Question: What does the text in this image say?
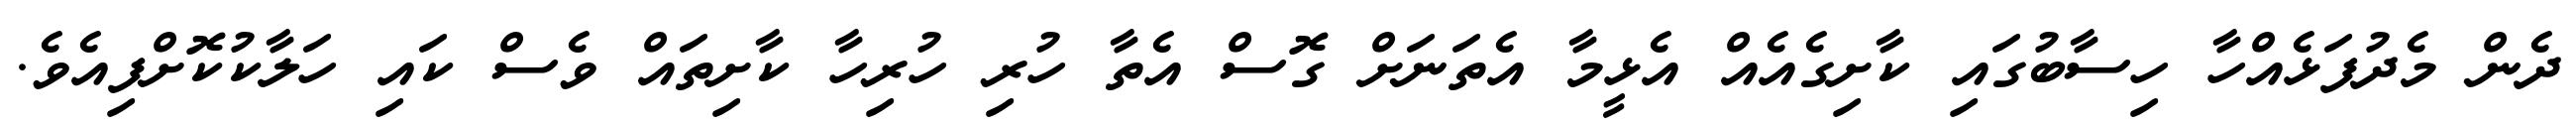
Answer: ދެން މެދުފަޅެއްހާ ހިސާބުގައި ކާށިގެއެއް އެޅީމާ އެތަނަށް ގޮސް އެތާ ހުރި ހުރިހާ ކާށިތައް ވެސް ކައި ހަލާކުކޮށްފިއެވެ.